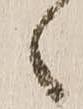
之